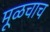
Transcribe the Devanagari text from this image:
मूळचाच